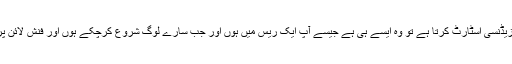
ایک انٹرنیشنل میڈیکل گریجویٹ جب اپنی ریزیڈنسی اسٹارٹ کرتا ہے تو وہ ایسے ہی ہے جیسے آپ ایک ریس میں ہوں اور جب سارے لوگ شروع کرچکے ہوں اور فنش لائن پر پہنچنے والے ہوں تو ہم بھاگنا شروع کریں۔